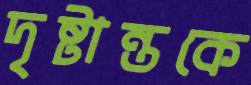
দৃষ্টান্তকে